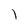
Character: l